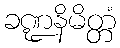
ခဏ္ဍနိမိတ္တံ